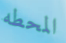
المحطه